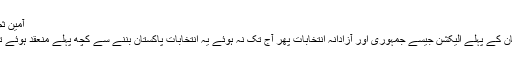
آمين ثم آمين
پاکستان کے پہلے اليکشن جيسے جمہوری اور آزادانہ انتخابات پھر آج تک نہ ہوئے يہ انتخابات پاکستان بننے سے کچھ پہلے منعقد ہوئے تھے ۔